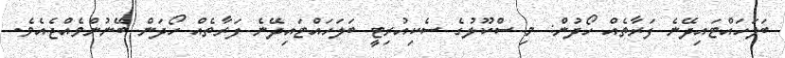
ބަލަހައްޓައިދޭނެ ފަރާތެއް ހޯދުން: މި ސްކޫލުގެ ސެކިއުރިޓީ ބަލަހައްޓައިދޭނެ ފަރާތެއް ހޯދަން ބޭނުންވެއްޖެއެވެ.